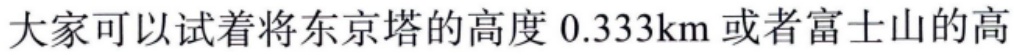
大家可以试着将东京塔的高度 \(0.333\mathrm{km}\) 或者富士山的高